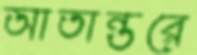
আতান্তরে